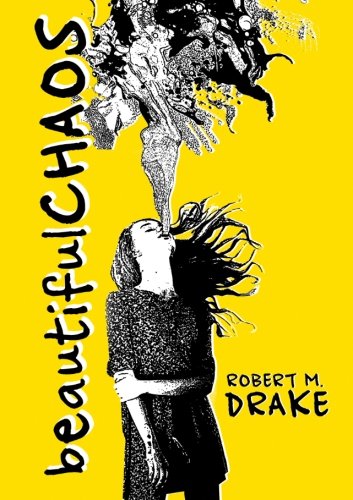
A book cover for Beautiful Chaos; Robert M. Drake; Literature & Fiction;